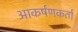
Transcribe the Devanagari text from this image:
आकर्षणकर्ता